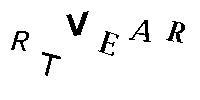
RTVEAR